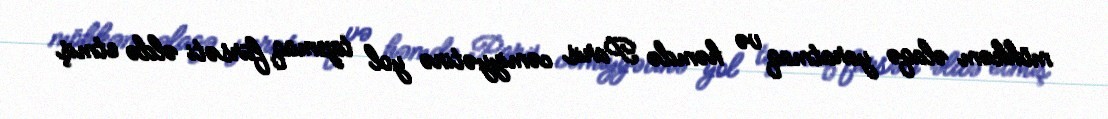
möhkəm əlaqə yaratmaq və həmdə Paris cəmiyyətinə yol tapmaq fürsəti əldə etmiş